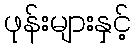
ဖုန်းများနှင့်